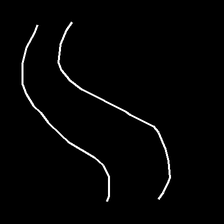
Glyph: float